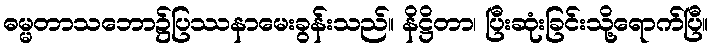
ဓမ္မတာသဘော၌ပြဿနာမေးခွန်းသည်။ နိဋ္ဌိတာ၊ ပြီးဆုံးခြင်းသို့ရောက်ပြီ။